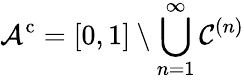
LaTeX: {\mathcal{A}}^{\mathrm{c}}=[0,1]\setminus\bigcup_{n=1}^{\infty}{\mathcal{C}}^{(n)}